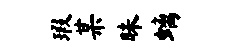
瑕某昧螭